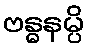
ဗန္ဓနမ္ပိ